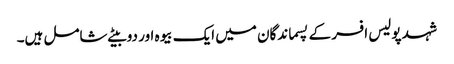
شہد پولیس افسر کے پسماندگان میں ایک بیوہ اور دو بیٹے شامل ہیں۔